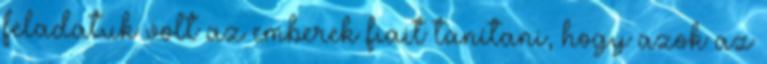
feladatuk volt az emberek fiait tanítani, hogy azok az